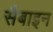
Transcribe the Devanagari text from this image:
सैबाइन